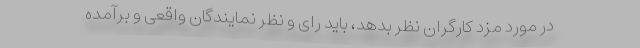
در مورد مزد کارگران نظر بدهد، باید رای و نظر نمایندگان واقعی و برآمده